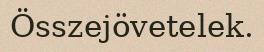
Összejövetelek.